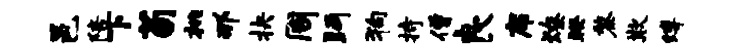
邑陪下荀桃那抉周眄狗持僧良席燎睽黎欺缚